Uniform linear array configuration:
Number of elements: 12
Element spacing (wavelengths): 0.75
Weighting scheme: cosine
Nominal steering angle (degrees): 0
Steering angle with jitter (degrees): -1.132
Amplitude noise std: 0.05
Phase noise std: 0.05

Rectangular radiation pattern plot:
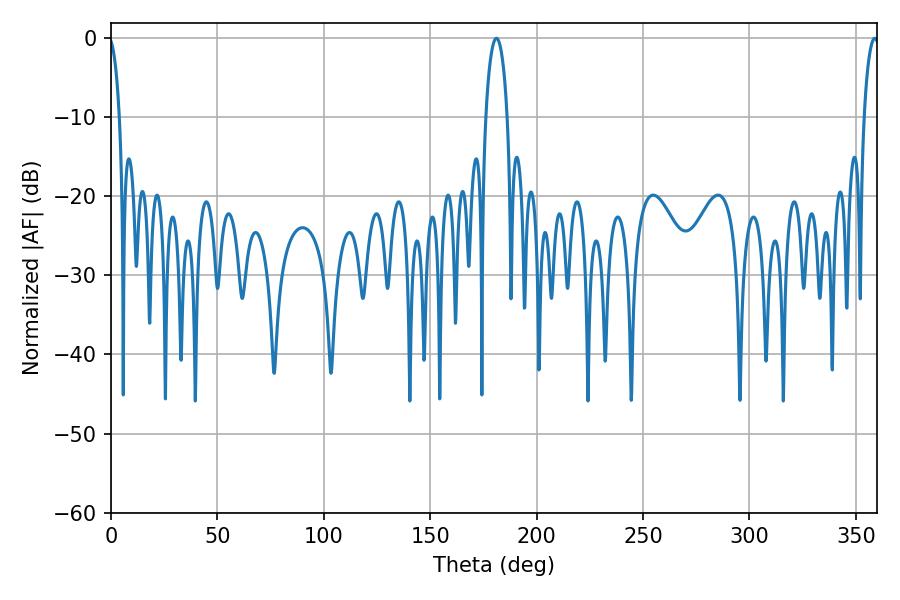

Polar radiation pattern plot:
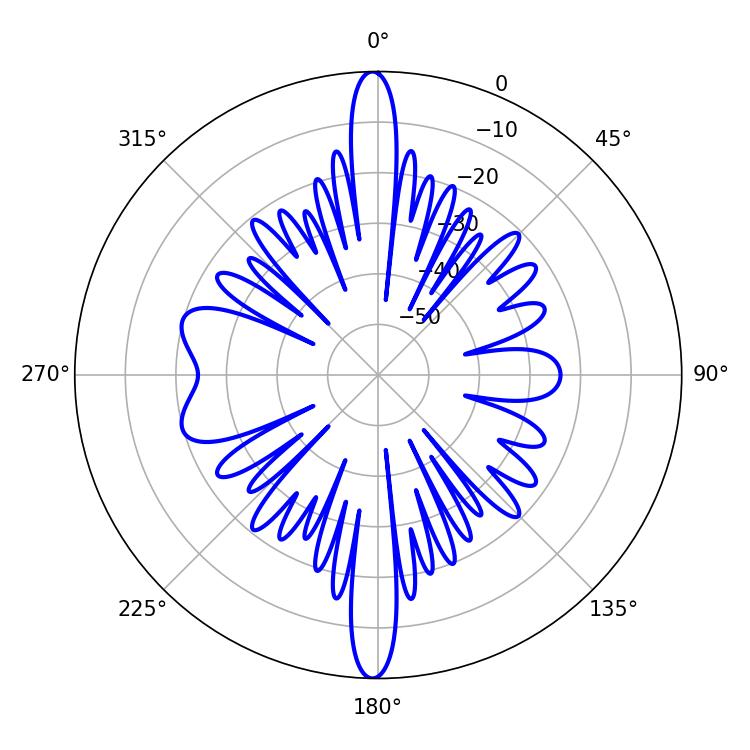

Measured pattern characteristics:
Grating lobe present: TRUE
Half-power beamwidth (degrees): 5.76
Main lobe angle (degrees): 181.08